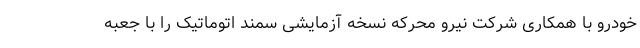
خودرو با همکاری شرکت نیرو محرکه نسخه آزمایشی سمند اتوماتیک را با جعبه